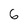
Character: 6